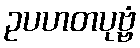
ဥပဟတပုဗ္ဗံ